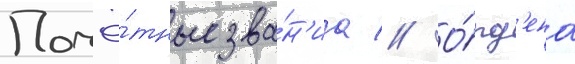
Почё́тные зва́н'иа // О́рд'ена